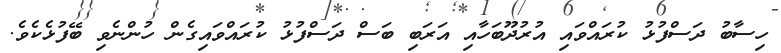
ހިސާބު ދަސްފުޅު ކުރައްވައި އުރުދޫބަހާއި އަރަބި ބަސް ދަސްފުޅު ކުރައްވައިގެން ހުންނެވި ބޭފުޅެކެވެ.